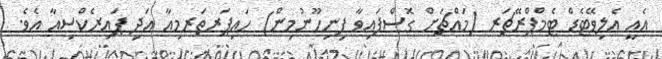
އެއީ އެލިވޭޓެޑް ޓެމްޕްރޭޗަރ (މައްޗަށް ގޮސްފައިވާ ފިނިހޫނުމިން) ހައިޕަރތަރމިއާ އަދި ޕައިރެކްސިއާ އެވެ.